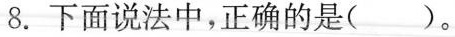
8.下面说法中，正确的是( )。